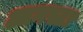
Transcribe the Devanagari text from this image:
आगस्टा